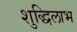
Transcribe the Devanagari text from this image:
शुद्धिलाभ